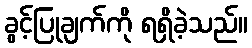
ခွင့်ပြုချက်ကို ရရှိခဲ့သည်။